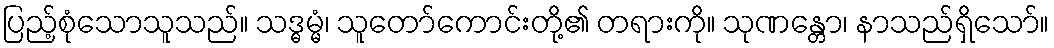
ပြည့်စုံသောသူသည်။ သဒ္ဓမ္မံ၊ သူတော်ကောင်းတို့၏ တရားကို။ သုဏန္တော၊ နာသည်ရှိသော်။